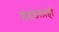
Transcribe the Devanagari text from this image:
इंग्लंडलाही